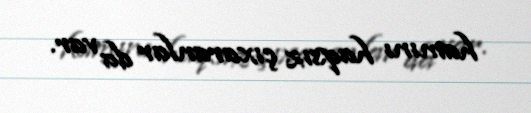
hamını haqsız çıxaranlar da var.